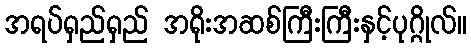
အရပ်ရှည်ရှည် အရိုးအဆစ်ကြီးကြီးနှင့်ပုဂ္ဂိုလ်။